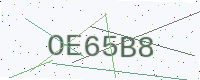
Text: OE65B8